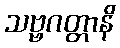
သဗ္ဗဂတ္တာနိ